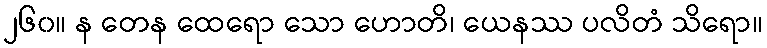
၂၆၀။ န တေန ထေရော သော ဟောတိ၊ ယေနဿ ပလိတံ သိရော။